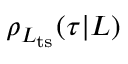
\rho _ { L _ { \mathrm { t s } } } ( \tau | L )